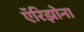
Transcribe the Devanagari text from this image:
ऍरिझोना